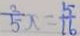
\frac { 2 } { 5 } x = \frac { 5 } { 1 6 }